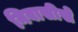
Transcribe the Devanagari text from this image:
निवासीसे